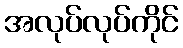
အလုပ်လုပ်ကိုင်